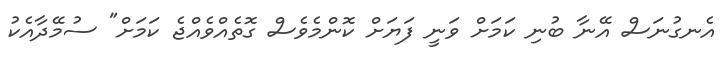
އެނގުނަސް އޭނާ ބުނި ކަމަށް ވަނީ ފަޔަށް ކޮންމެވެސް ގޮތެއްވެއްޖެ ކަމަށް" ސުމޭދާއެކު